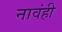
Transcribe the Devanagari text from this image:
नावंही